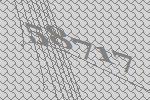
58717